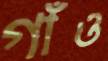
গাঁও